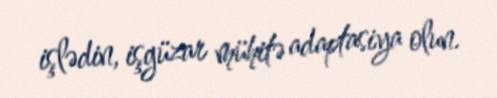
işlədin, işgüzar mühitə adaptasiya olun.